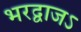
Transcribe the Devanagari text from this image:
भरद्वाजऽ